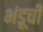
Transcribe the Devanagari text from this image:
भंडूची